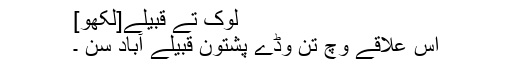
لوک تے قبیلے[لکھو]
اس علاقے وچ تن وڈے پشتون قبیلے آباد سن ۔